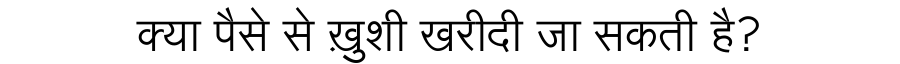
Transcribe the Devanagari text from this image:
क्या पैसे से ख़ुशी खरीदी जा सकती है?